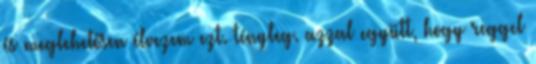
és meglehetősen élvezem ezt. tényleg. azzal együtt, hogy reggel